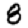
Digit: 8